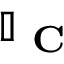
\mathbb { I } _ { \textbf { C } }